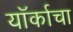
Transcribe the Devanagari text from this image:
यॉर्काचा